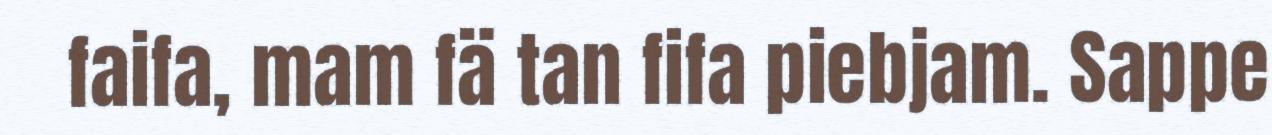
faifa, mam fä tan fifa piebjam. Sappe